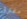
مفترق